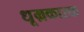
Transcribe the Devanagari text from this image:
धूम्रकारक